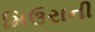
મિઉરાની